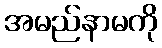
အမည်နာမကို